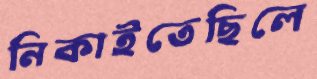
নিকাইতেছিলে